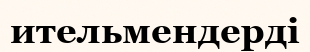
ительмендерді